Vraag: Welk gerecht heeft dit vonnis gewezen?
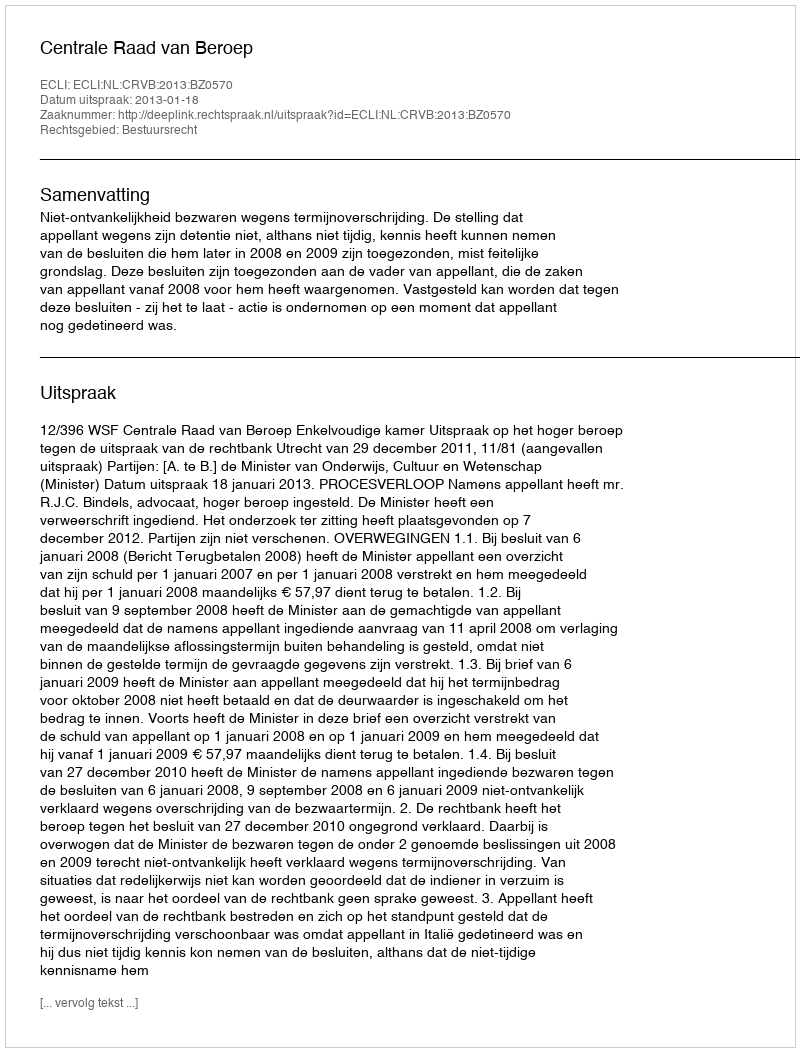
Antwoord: Centrale Raad van Beroep